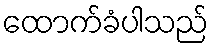
ထောက်ခံပါသည်